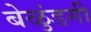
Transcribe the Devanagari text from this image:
बेळुंडगी